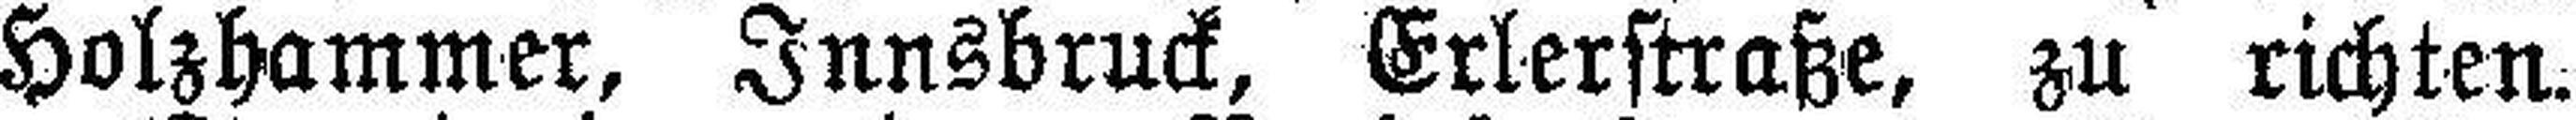
Holzhammer, Innsbruck, Erlerstraße, zu richten.